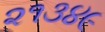
૨૧૩૪૯